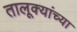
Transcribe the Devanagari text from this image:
तालूक्यांच्या